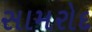
સામરોદ